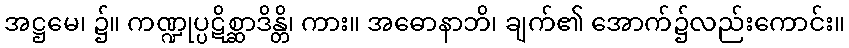
အဋ္ဌမေ၊ ၌။ ကဏ္ဍုပ္ပဋိစ္ဆာဒိန္တိ၊ ကား။ အဓောနာဘိ၊ ချက်၏ အောက်၌လည်းကောင်း။